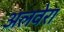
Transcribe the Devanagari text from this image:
अलवेरा